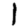
Digit: 1